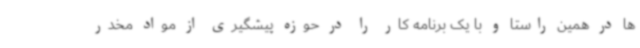
ها در همین راستا و با یک برنامه کار را در حوزه پیشگیری از مواد مخدر